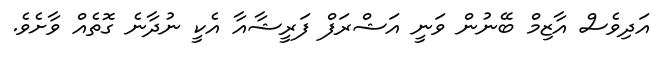
އަދިވެސް އާޒިމް ބޭނުން ވަނީ އަޝްރަފް ފަރީޝާއާ އެކީ ނުދާނެ ގޮތެއް ވާށެވެ.